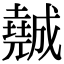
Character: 𡓖